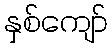
နှစ်ကျော်